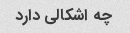
چه اشکالی دارد